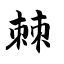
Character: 棘